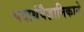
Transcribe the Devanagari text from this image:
पदार्थवैज्ञानिकाने